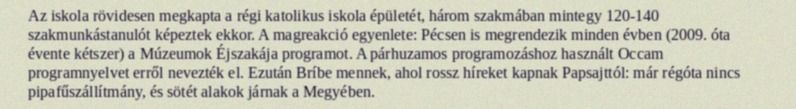
Az iskola rövidesen megkapta a régi katolikus iskola épületét, három szakmában mintegy 120-140 szakmunkástanulót képeztek ekkor. A magreakció egyenlete: Pécsen is megrendezik minden évben (2009. óta évente kétszer) a Múzeumok Éjszakája programot. A párhuzamos programozáshoz használt Occam programnyelvet erről nevezték el. Ezután Bríbe mennek, ahol rossz híreket kapnak Papsajttól: már régóta nincs pipafűszállítmány, és sötét alakok járnak a Megyében.